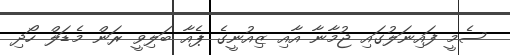
ސެމީ ފައިނަލުގައި ޖުމާނާ އާއި ޒިއުނީގެ ޕެއާ ބަލިވީ ރަން މެޑަލް ހޯދި